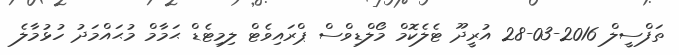
ތަފްސީލް 2016-03-28 އުރީދޫ ޓެލެކޮމް މޯލްޑިވްސް ޕްރައިވެޓް ލިމިޓެޑް ޙަމާމް މުޙައްމަދު ހުޅުމާލެ